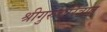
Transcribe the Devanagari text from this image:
श्रीगुरुचरित्रात